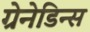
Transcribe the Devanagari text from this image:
ग्रेनेडिन्स